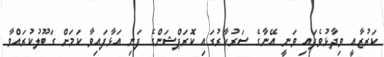
ކަރުޒާއީ ވިދާޅުވެފައި ވަނީ އޭނާގެ ސަރުކާރުގައި ކޮރަޕްޝަންގެ ފަނި އަޅާފައިވާ ކަމަށް ގަބޫލުކުރައްވާ